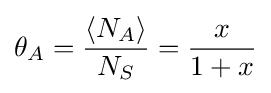
\theta _{A}={\frac {\langle N_{A}\rangle }{N_{S}}}={\frac {x}{1+x}}